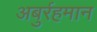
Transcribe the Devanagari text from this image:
अबुर्रहमान